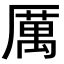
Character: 厲